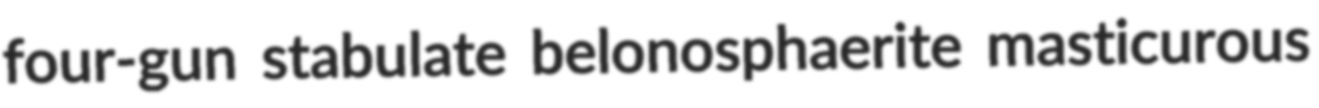
four-gun stabulate belonosphaerite masticurous